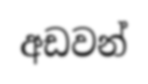
අඩවන්